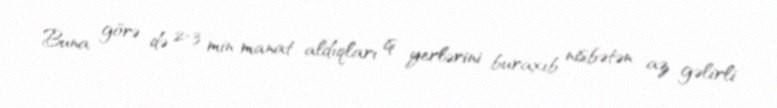
Buna görə də 2-3 min manat aldıqları iş yerlərini buraxıb nisbətən az gəlirli